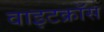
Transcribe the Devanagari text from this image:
वाइटक्रॉस